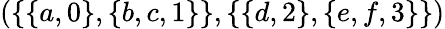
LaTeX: (\{ \{ a,0\} ,\{ b,c,1\} \} ,\{ \{ d,2\} ,\{ e,f,3\} \} )